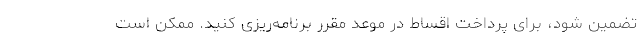
تضمین شود، برای پرداخت اقساط در موعد مقرر برنامه‌ریزی کنید. ممکن است